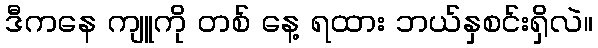
ဒီကနေ ကျူကို တစ် နေ့ ရထား ဘယ်နှစင်းရှိလဲ။